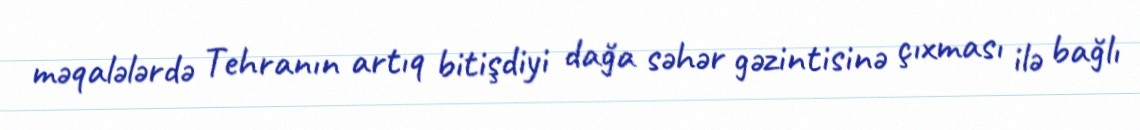
məqalələrdə Tehranın artıq bitişdiyi dağa səhər gəzintisinə çıxması ilə bağlı